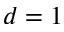
d = 1